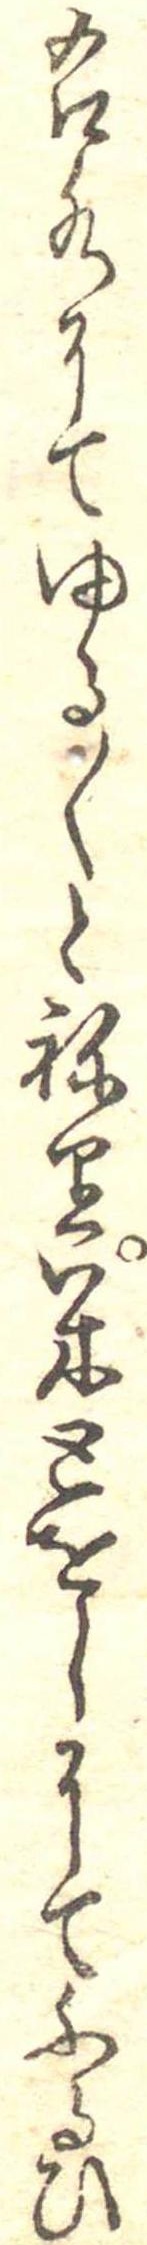
右水にてゆる〱とねり米とをしにてふるひ